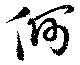
何